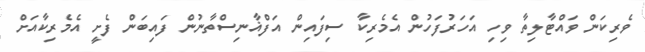
ވެރިކަން ވައްޓާލިތާ ވިހި އަހަރުފަހުން އެމެރިކާ ސިފައިން އަފްޣާނިސްތާނުން ފައިބަން ފެށީ އެމެރިކާއަށް